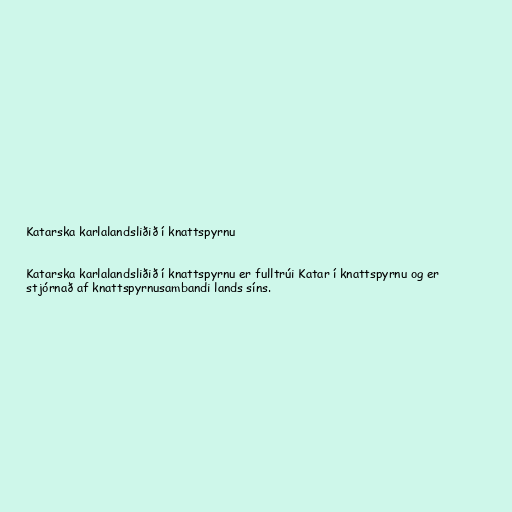
Katarska karlalandsliðið í knattspyrnu

Katarska karlalandsliðið í knattspyrnu er fulltrúi Katar í knattspyrnu og er
stjórnað af knattspyrnusambandi lands síns.